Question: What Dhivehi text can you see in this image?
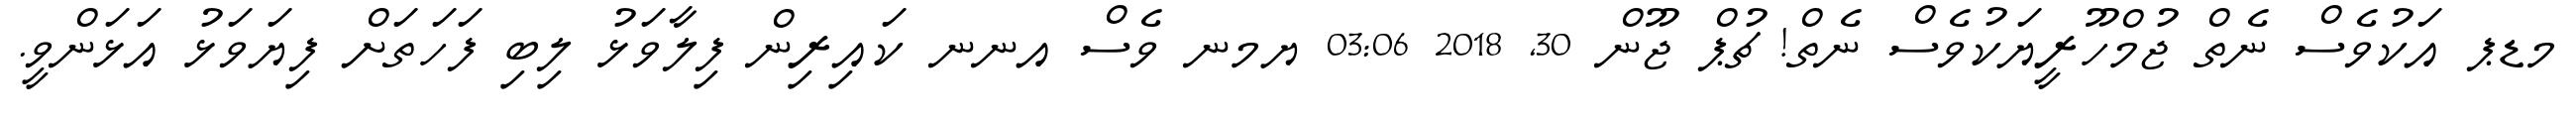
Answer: މޑޕ އަކުވެސް ނެތް ޖުމްހޫރީޔަކުވެސް ނެތް! ޗުޕް ޖޫން 30, 2018 03:06 ޔމނ ވެސް އނނ ކައިރިން ފިލާވަޅު ލިބި ފަހަތަށް ފިޔަވަޅު އަޅަންވީ.